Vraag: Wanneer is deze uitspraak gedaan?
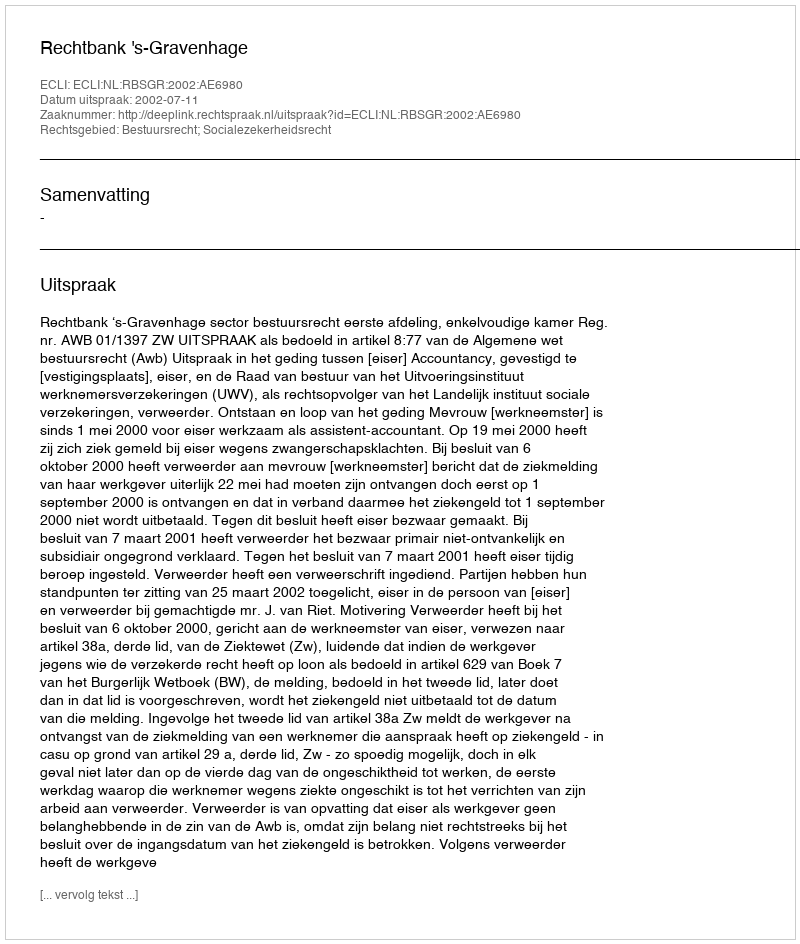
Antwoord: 2002-07-11